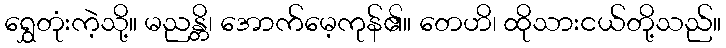
ရွှေတုံးကဲ့သို့။ မညန္တိ၊ အောက်မေ့ကုန်၏။ တေဟိ၊ ထိုသားငယ်တို့သည်။